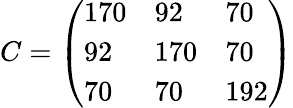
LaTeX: C=\left(\begin{array}{lll}{170}&{92}&{70}\\ {92}&{170}&{70}\\ {70}&{70}&{192}\end{array}\right)